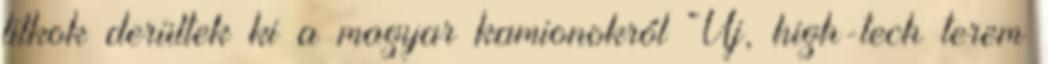
titkok derültek ki a magyar kamionokról Új, high-tech terem